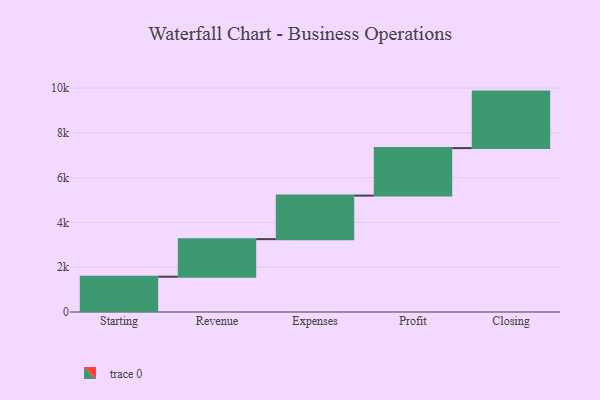
{"axis": {"x": "Step", "y": "Value"}, "legend": [""], "data": [{"x": "Starting", "y": 1576.0, "type": ""}, {"x": "Revenue", "y": 1677.0, "type": ""}, {"x": "Expenses", "y": 1945.0, "type": ""}, {"x": "Profit", "y": 2121.0, "type": ""}, {"x": "Closing", "y": 2523.0, "type": ""}]}